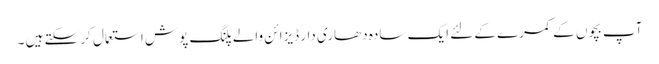
آپ بچوں کے کمرے کے لئے ایک سادہ دھاری دار ڈیزائن والے پلنگ پوش استعمال کر سکتے ہیں ۔